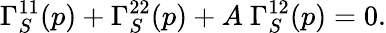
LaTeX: \Gamma_{S}^{11}(p)+\Gamma_{S}^{22}(p)+A\ \Gamma_{S}^{12}(p)=0.